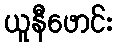
ယူနီဖောင်း